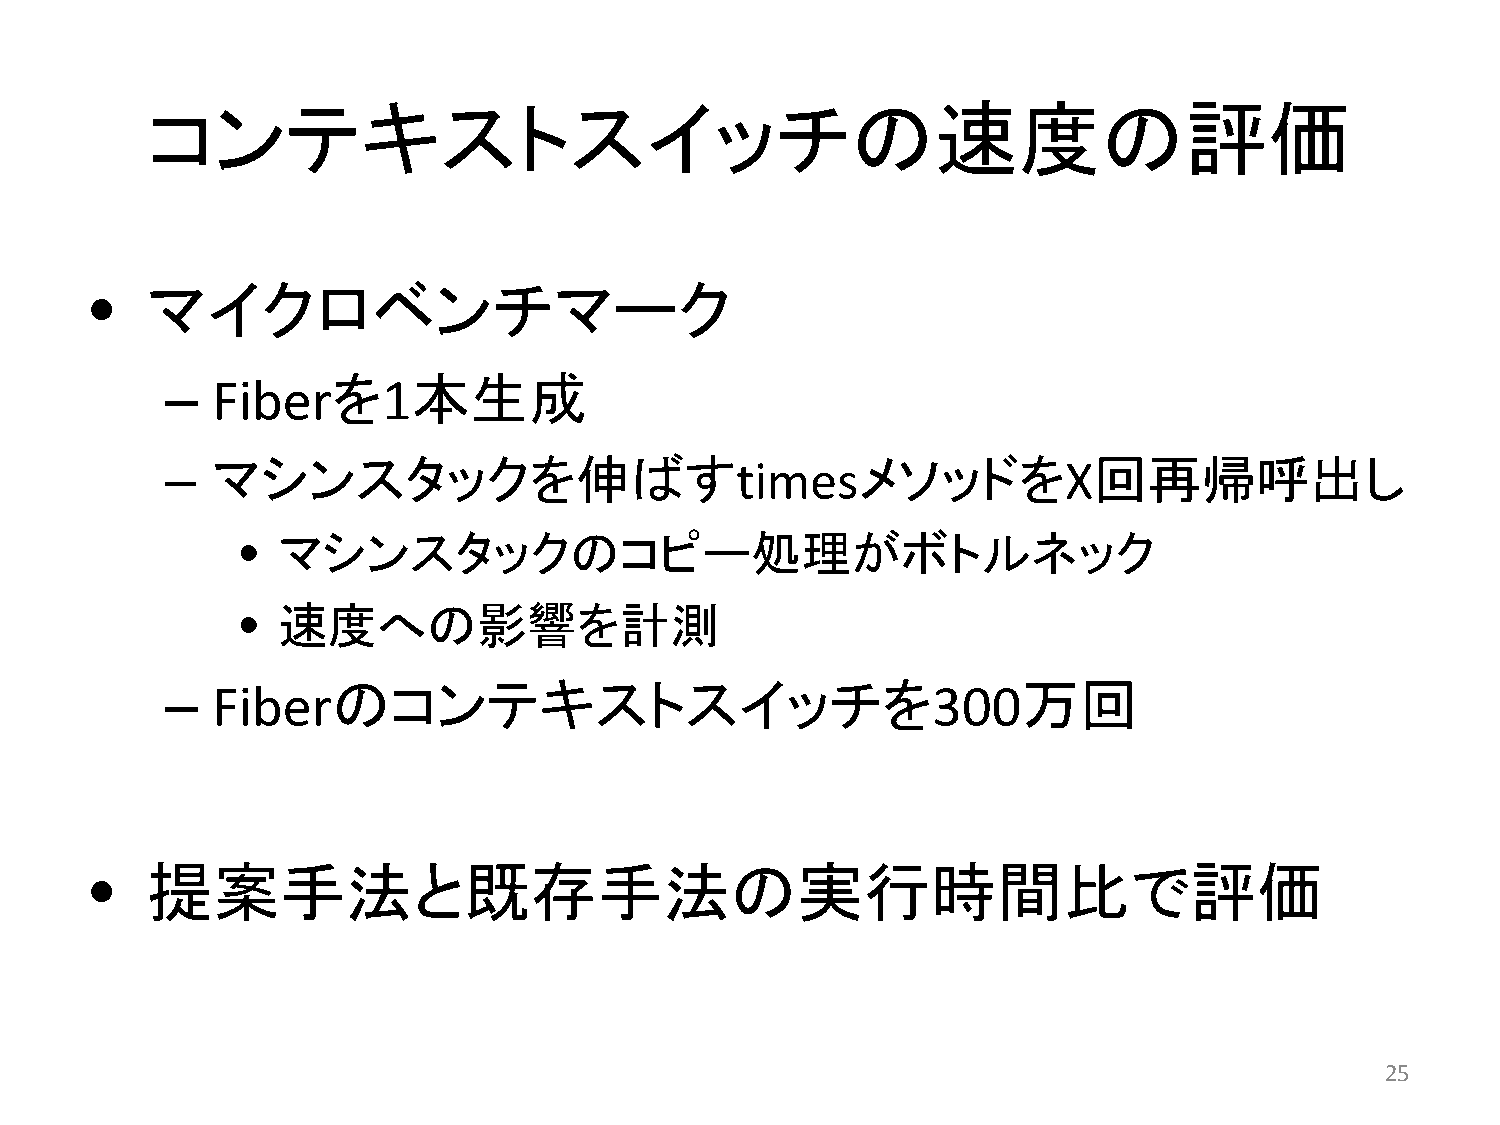
コンテキストスイッチの速度の評価
 •   マイクロベンチマーク
 –  Fiberを      1本生成
 –  マシンスタックを伸ばすtimesメソッドをX回再帰呼出し
 •  マシンスタックのコピー処理がボトルネック
 •  速度への影響を計測
 –  Fiberのコンテキストスイッチを                               300万回
 •   提案手法と既存手法の実行時間比で評価
 25